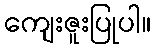
ကျေးဇူးပြုပါ။